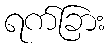
ရက်ခြား